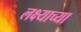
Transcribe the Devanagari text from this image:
लक्ष्याच्या